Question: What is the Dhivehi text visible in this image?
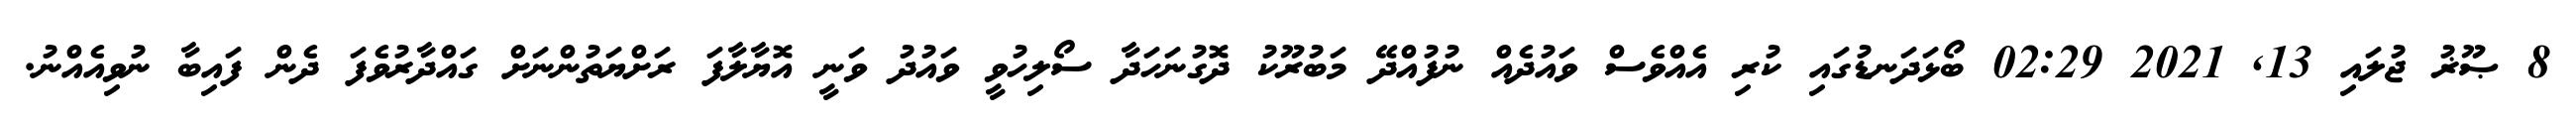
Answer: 8 ޞޫޜު ޖުލައި 13, 2021 02:29 ބޯޅަދަނޑުގައި ކުރި އެއްވެސް ވައުދެއް ނުފުއްދޭ މަބުރޫކު ދޮގުނަހަދާ ސޯލިހުވީ ވައުދު ވަނީ އޮޔާލާފަ ރަށްޔަތުންނަށް ގައްދާރުވެފަ ދެން ފައިބާ ނުވިއެއްނު.